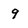
Character: 9